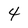
Character: 4